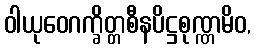
ဝါယုဝေဂက္ခိတ္တစီနပိဋ္ဌစုဏ္ဏမိဝ,